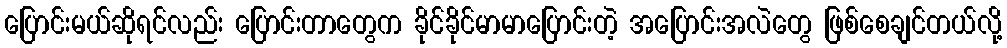
ပြောင်းမယ်ဆိုရင်လည်း ပြောင်းတာတွေက ခိုင်ခိုင်မာမာပြောင်းတဲ့ အပြောင်းအလဲတွေ ဖြစ်စေချင်တယ်လို့